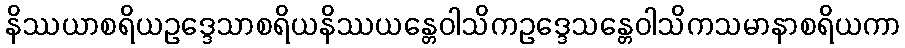
နိဿယာစရိယဥဒ္ဒေသာစရိယနိဿယန္တေဝါသိကဥဒ္ဒေသန္တေဝါသိကသမာနာစရိယကာ